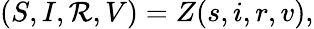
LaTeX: (S,I,\mathcal{R},V)=Z(s,i,r,v),